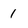
Character: 1